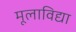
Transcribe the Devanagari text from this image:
मूलाविद्या